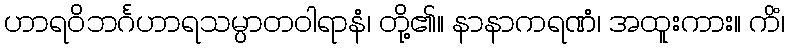
ဟာရဝိဘင်္ဂဟာရသမ္ပာတဝါရာနံ၊ တို့၏။ နာနာကရဏံ၊ အထူးကား။ ကိံ၊